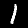
Digit: 1